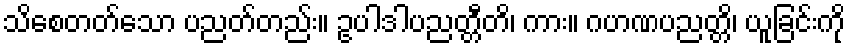
သိစေတတ်သော ပညတ်တည်း။ ဥပါဒါပညတ္တီတိ၊ ကား။ ဂဟဏပညတ္တိ၊ ယူခြင်းကို